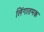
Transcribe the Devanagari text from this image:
लिंगातमक